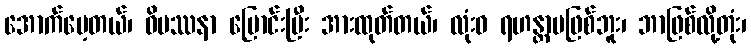
အောက်မေ့တယ်၊ ဝိပဿနာ ပြောင်းပြီး အားထုတ်တယ်၊ လုံးဝ ရဟန္တာမဖြစ်ဘူး၊ ဘာဖြစ်လို့တုံး၊